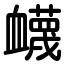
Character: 衊